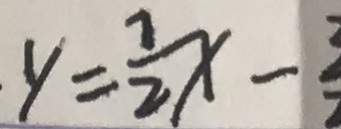
y = \frac { 7 } { 2 } x -